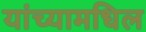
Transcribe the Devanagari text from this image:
यांच्यामधिल